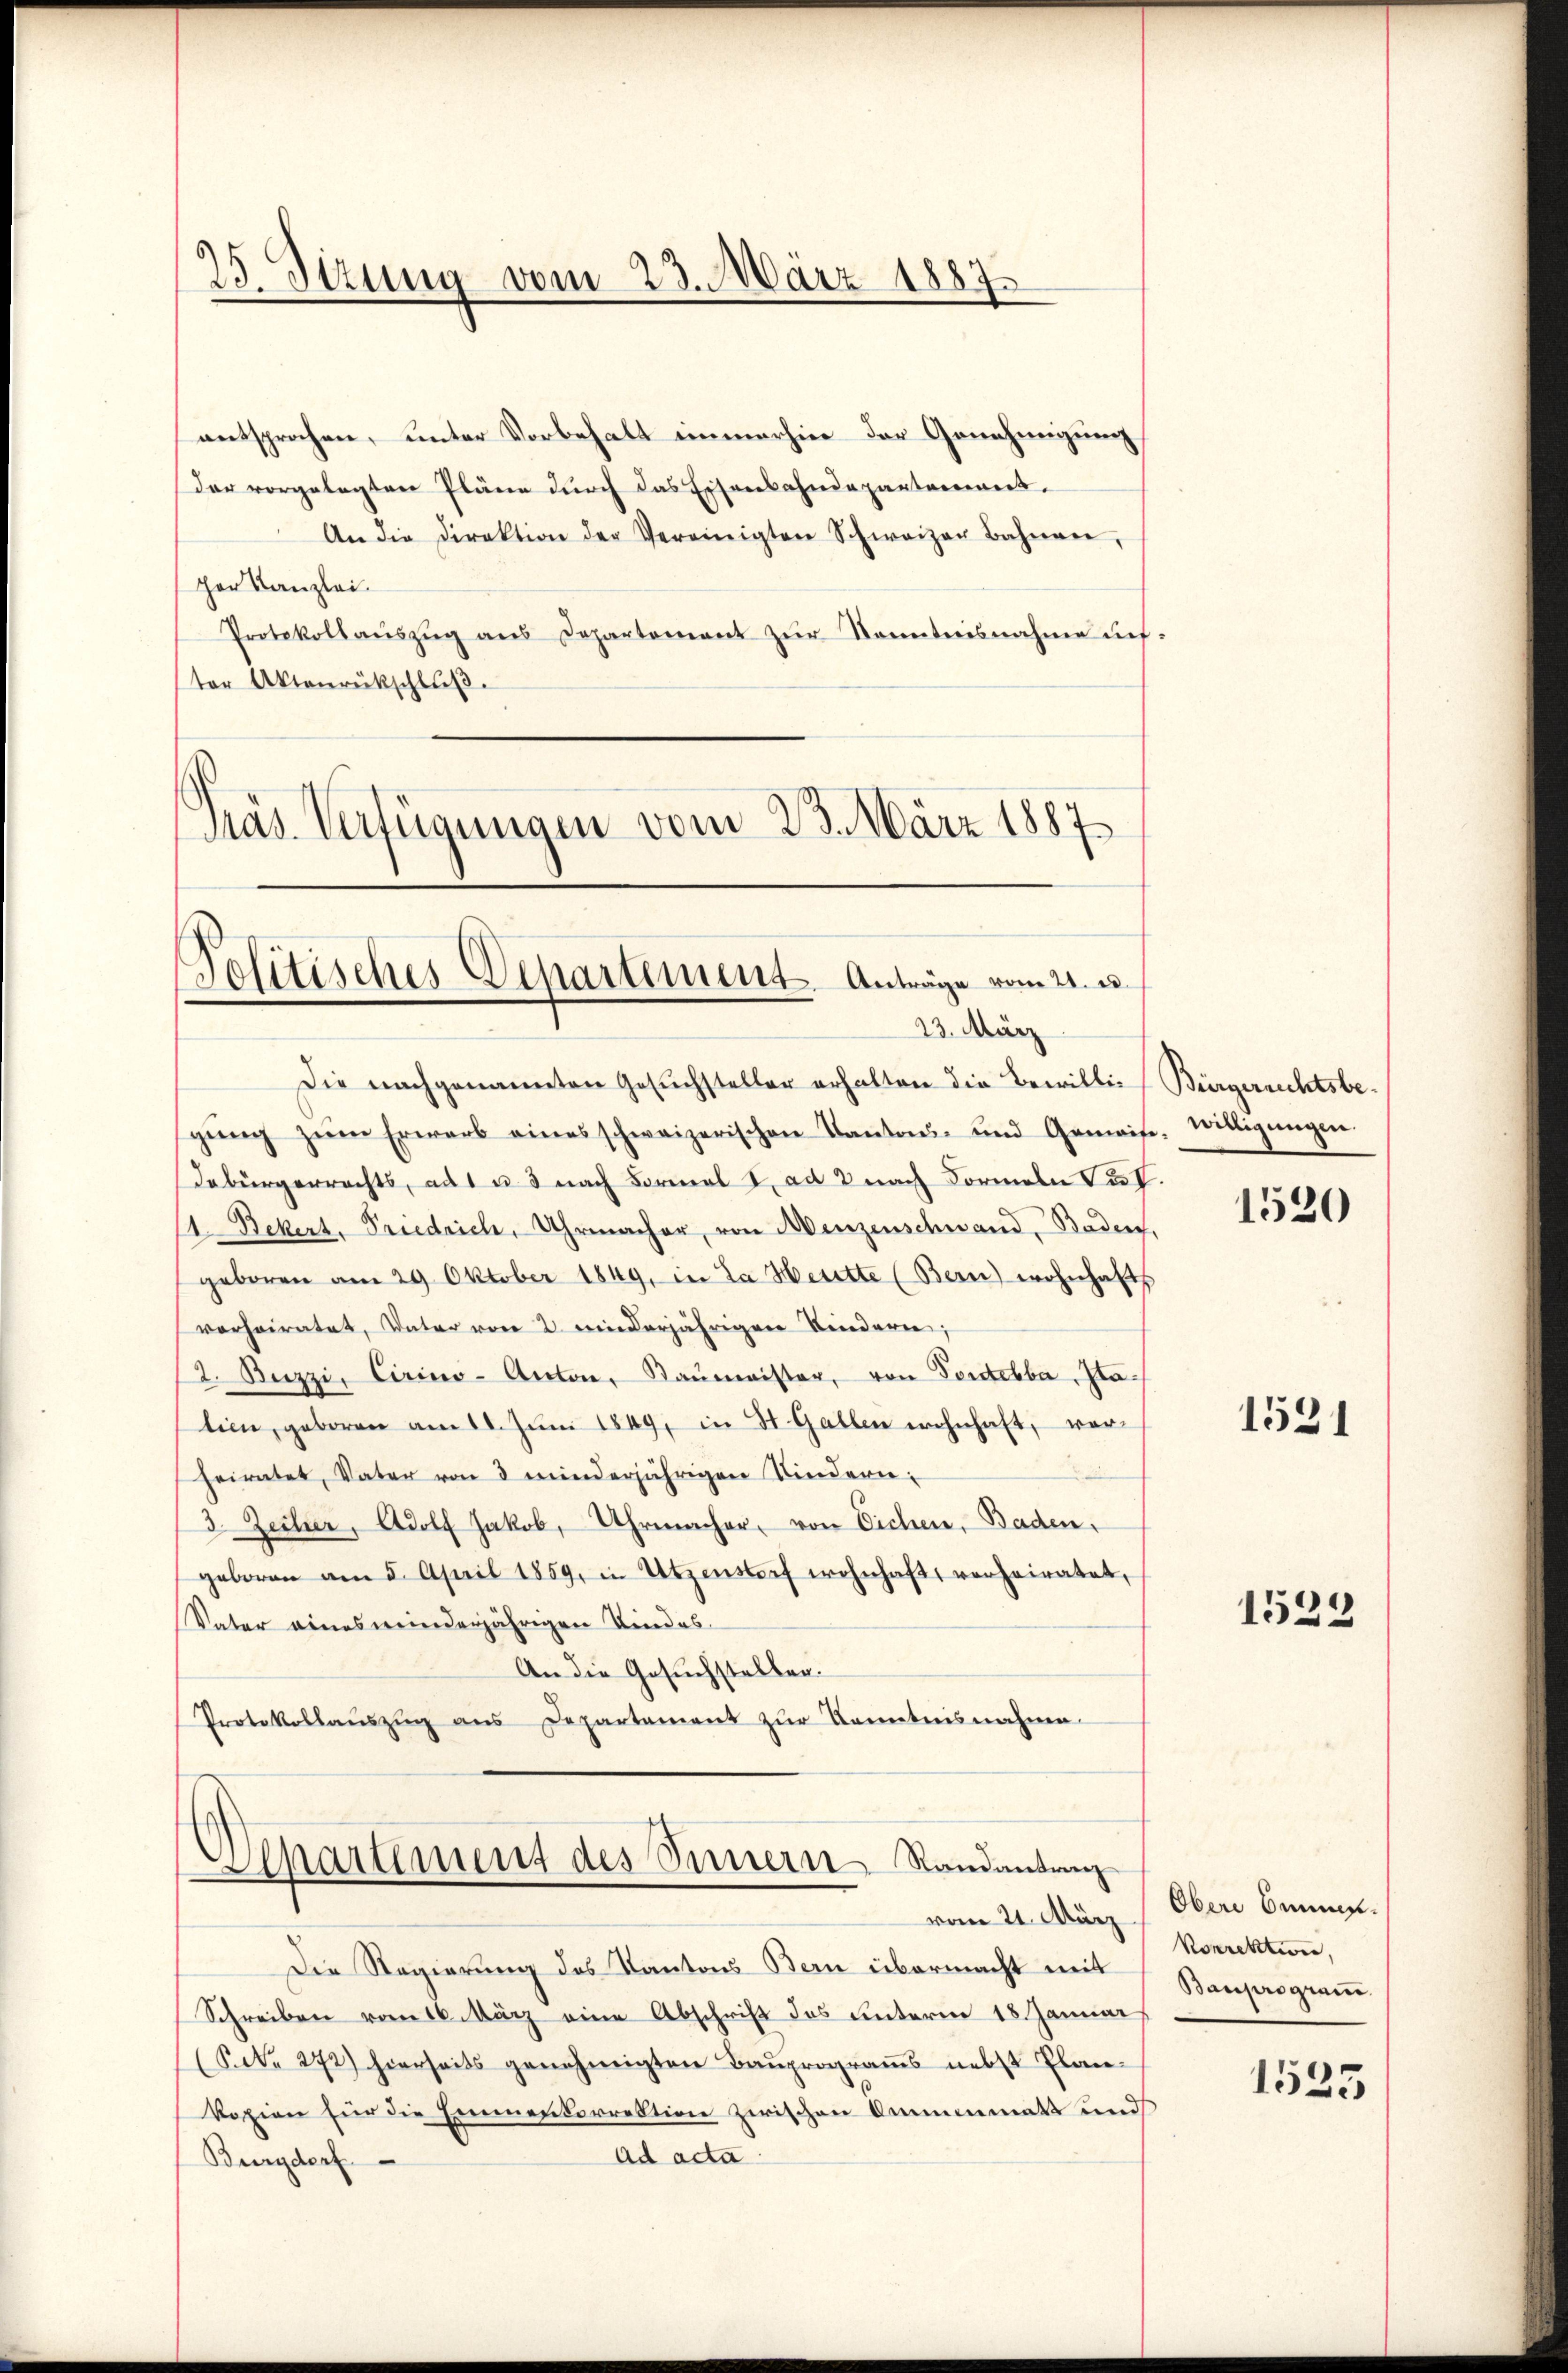
23. Stzung vom 23. März 1887

entsprochen, unter Vorbehalt immerhin der Genehmigung
Der vorgelegten Pläne durch das Eisenbahndepartenwert.
An die Direktion der Vereinigten Schweizer Bahnen,
her Kanzlei
Protokollaŭszŭg ans Departement zŭr Kenntnisnahme auf-
ter Aktenrückschluß.

pas. Verfügungen vom 23. März 1887
Politisches Departement. Anträge vom 21. u.
23. März

Separtement des Innern Randantrag
vom 21. März

Die nachgenannten Gesuchsteller erhalten die Bewilli-
gŭng zŭm Erwarb eines schweizerischen Kantons- und Gemeise, willigŭngen.
debürgerrechts, ad 1 u. 3 nach Formal 2. ad 2 nach Formeln C.V.
1. Bekert, Priedrich, Uhrmacher, von Menzenschwand, - Baden,
geboren am 29. Oktober 1849, in Da Heitte (Bern) wohnhafts
verheiratet, Vater von 2 minderjährigen Kindern;
2. Bezzi, Cirino-Anton, Baŭmeister, von Fordebba, Statien, geboren am 11. Jŭni 1849, in St. Gallen wohnhaft, vorheiratet, Vater von 3 minderjährigen Kindern:
3. Zecher, Adolf Jakob, Uhrmacher, von Eichen, Baden,
geboren am 5. April 1859, in Utzenstorf wohnhaft, verheiratet,
Vater eines meinderjährigen Kindes¬
An die Gesuchstellen.
Protokollaŭszŭg ans Departement zŭr Kenntnisnahme.

Büergerreichtsbe¬

Die Regierung des Kantons Bern übermacht mit
Schreiben vom 16. März eine Abschrift des unterm 18. Januar
(S. 272) hierseits genehmigten Bauprograms nebst Plankopien für die Einmenkorrektion zwischen Ammenmatt und
Ad acta
Burgdorf

1520

1531

1528

Obere Emmen¬
Vorrektion,
Bauprogram

1525